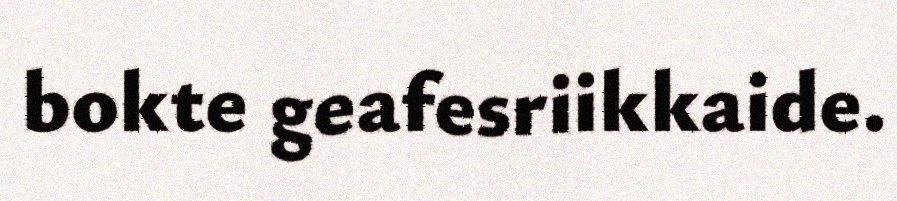
bokte geafesriikkaide.